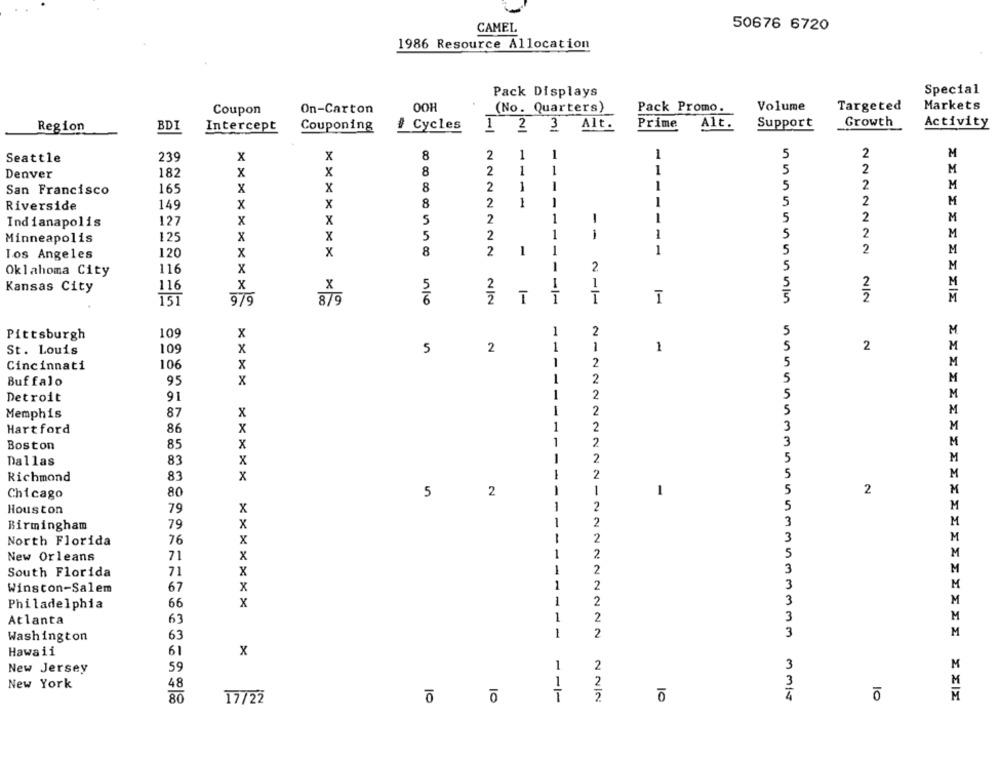
CAMEL
50676 6720
1986 Resource Allocation
Special
Pack Displays
Pack Promo.
Volume
Targeted
Markets
Coupon
On-Carton
OOH
(No. Quarters)
Region
BDI
Intercept
Couponing
# Cycles
1 2 3 Alt.
Prime
Alt.
Support
Growth
Activity
Seattle
239
X
x
8
2
1
1
5
2
M
Denver
182
x
x
8
2
1
-
1
5
2
M
San Francisco
165
x
x
8
2
1
1
1
5
2
M
Riverside
149
x
x
8
2
-
-
5
2
M
127
x
X
5
2
1
1
-
5
2
M
Indianapolis
5
2
1
1.
5
2
M
Minneapolis
125
x
X
120
x
8
2
-
1
5
2
M
Los Angeles
x
2
5
M
Oklahoma City
116
x
1
Kansas City
116
x
X
5
2
5
2
M
2
M
151
9/9
879
6
3
1
1-
109
x
1
2
5
M
Pittsburgh
109
X
5
2
1
1
1
5
2
M
St. Louis
Cincinnati
106
x
1
2
5
M
Buffalo
95
x
-
2
5
M
1
2
5
M
Detroit
91
-
2
5
M
Memphis
87
x
Hartford
86
X
1
2
3
M
1
2
3
Boston
85
x
M
Dallas
83
X
-
2
5
M
Richmond
83
x
-
2
5
M
Chicago
80
5
2
-
1
1
5
2
M
Houston
79
x
2
5
M
x
1
2
3
M
Birmingham
79
x
-
2
3
M
North Florida
76
-
2
5
M
New Orleans
71
x
71
-
2
3
M
South Florida
x
1
2
M
Winston-Salem
67
x
M
Philadelphia
66
x
1
2
M
Atlanta
63
1
2
Washington
63
1
2
M
Hawaii
61
x
New Jersey
59
1
2
3
M
New York
48
1
2
3
80
17/22
10
10
1
10
4
10
M